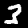
Digit: 3